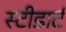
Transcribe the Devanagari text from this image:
स्टीडार्ट